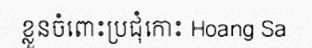
ខ្លួនចំពោះប្រជុំកោះ Hoang Sa